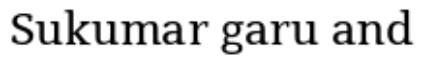
Sukumar garu and